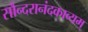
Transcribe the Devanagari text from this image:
सौन्दरानंदकाव्यम्